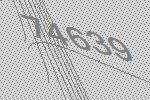
74639